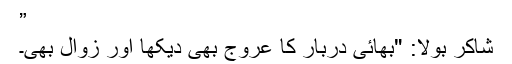
”
شاکر بولا: "بھائی دربار کا عروج بھی دیکھا اور زوال بھی۔